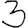
Digit: 3